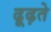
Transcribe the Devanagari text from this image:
ढूढ़ते